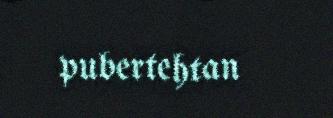
pubertehtan